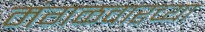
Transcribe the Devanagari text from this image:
मंगळवारच्या